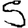
Digit: 5